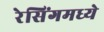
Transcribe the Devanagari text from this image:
रेसिंगमध्ये